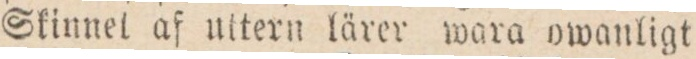
Skinnel af uttern lärer wara owanligt